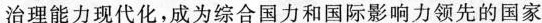
治理能力现代化，成为综合国力和国际影响力领先的国家